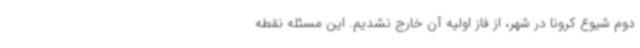
دوم شیوع کرونا در شهر، از فاز اولیه آن خارج نشدیم. این مسئله نقطه